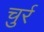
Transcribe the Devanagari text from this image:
चुर्र